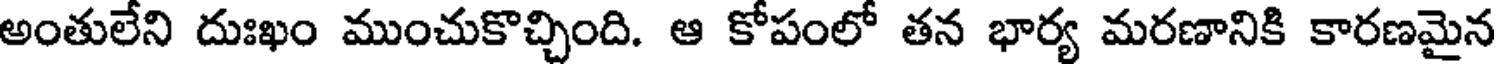
అంతులేని దుఃఖం ముంచుకొచ్చింది. ఆ కోపంలో తన భార్య మరణానికి కారణమైన